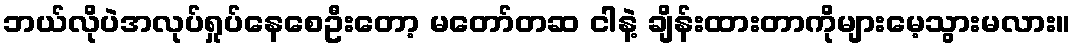
ဘယ်လိုပဲအလုပ်ရှုပ်နေစေဦးတော့ မတော်တဆ ငါနဲ့ ချိန်းထားတာကိုများမေ့သွားမလား။